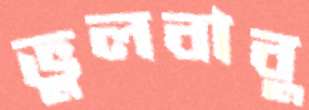
ভুলবাবু